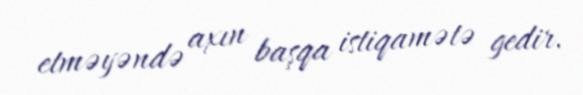
etməyəndə axın başqa istiqamətə gedir.